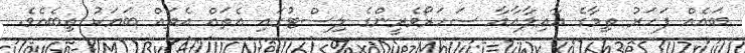
ބައެއް ފަހަރު ތިމާގެ ޢާއިލާއާއާ ސަހަރޯވެރީންގެ ލިސްޓުގައި އެތައް އެތައް ބަޔަކު ތިބެއެވެ.